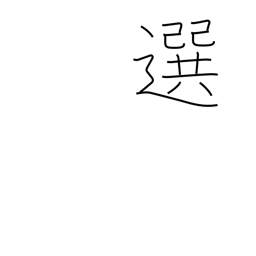
Meaning: prefer